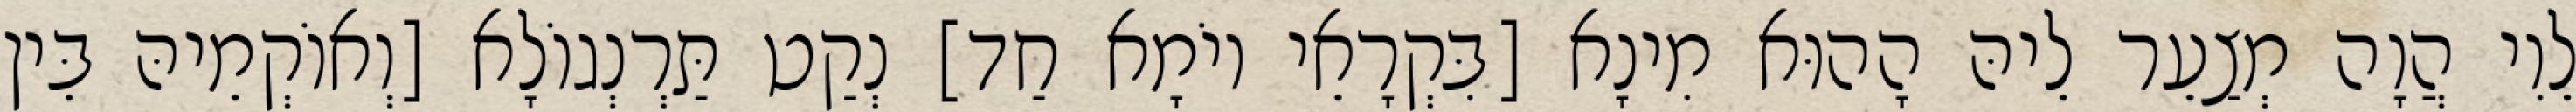
לֵוִי הֲוָה מְצַעֵר לֵיהּ הָהוּא מִינָא [בִּקְרָאֵי יוֹמָא חַד] נְקַט תַּרְנְגוֹלָא [וְאוֹקְמֵיהּ בֵּין